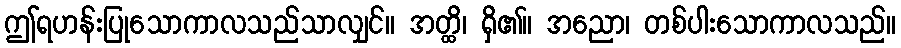
ဤရဟန်းပြုသောကာလသည်သာလျှင်။ အတ္ထိ၊ ရှိ၏။ အညော၊ တစ်ပါးသောကာလသည်။